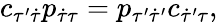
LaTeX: c_{\tau^{\prime}\dot{\tau}}p_{\dot{\tau}\tau}=p_{\tau^{\prime}\dot{\tau}^{\prime}}c_{\dot{\tau}^{\prime}\tau},